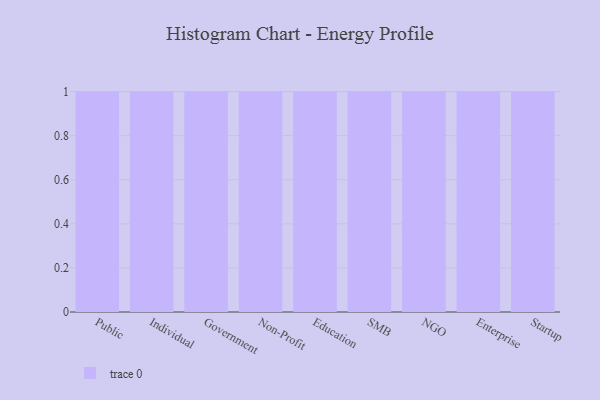
{"axis": {"x": "Segment", "y": "Production Output"}, "legend": [""], "data": [{"x": "Public", "y": 61, "type": ""}, {"x": "Individual", "y": 35, "type": ""}, {"x": "Government", "y": 69, "type": ""}, {"x": "Non-Profit", "y": 40, "type": ""}, {"x": "Education", "y": 69, "type": ""}, {"x": "SMB", "y": 62, "type": ""}, {"x": "NGO", "y": 98, "type": ""}, {"x": "Enterprise", "y": 79, "type": ""}, {"x": "Startup", "y": 39, "type": ""}]}